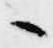
々